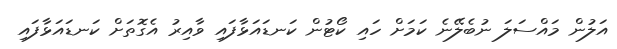
އަލުން މައްސަލަ ނުބެލޭނެ ކަމަށް ހައި ކޯޓުން ކަނޑައަޅާފައި ވާއިރު އެގޮތަށް ކަނޑައަޅާފައި